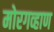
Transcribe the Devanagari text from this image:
मोरगव्हाण